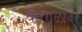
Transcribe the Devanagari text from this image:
वीरगळांवर